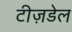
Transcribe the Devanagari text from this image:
टीज़डेल